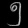
Digit: ၅